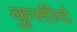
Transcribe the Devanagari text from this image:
कुसीदं